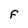
Character: F